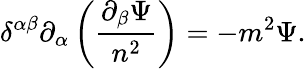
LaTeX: \delta^{\alpha\beta}\partial_{\alpha}\left(\frac{\partial_{\beta}\Psi}{n^{2}}\right)=-m^{2}\Psi.